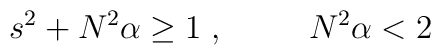
s^2 + N^2\alpha \geq 1 \;, \;\;\;\;\;\;\;\;\; N^2\alpha <2